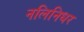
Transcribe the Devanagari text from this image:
नलिनिधर